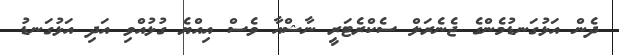
ދެން އަޅުގަނޑުމެންގެ ޖެނެރަލް ސެކްރެޓަރީ ނާޝްއާ ވެސް އިއްޔެ ގުޅުއްވި އަދި އަޅުގަނޑު